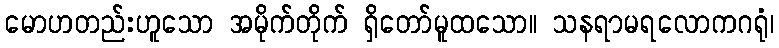
မောဟတည်းဟူသော အမိုက်တိုက် ရှိတော်မူထသော။ သနရာမရလောကဂရုံ၊